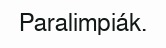
Paralimpiák.